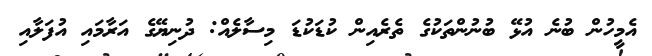
އެމީހުން ބުނެ އުޅޭ ބުނުންތަކުގެ ތެރެއިން ކުޑަކުޑަ މިސާލެއް: ދުނިޔޭގެ އަރާމައި އުފަލާއި